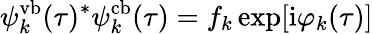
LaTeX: \psi_{k}^{\mathrm{vb}}(\tau)^{*}\psi_{k}^{\mathrm{cb}}(\tau)=f_{k}\exp[\mathrm{i}\varphi_{k}(\tau)]